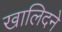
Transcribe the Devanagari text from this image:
खालिदने